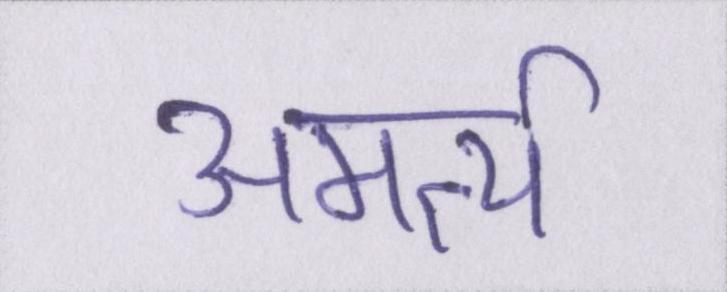
अमर्त्य